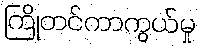
ကြိုတင်ကာကွယ်မှု